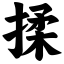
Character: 揉